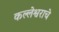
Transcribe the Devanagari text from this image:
कल्लेश्वराचे